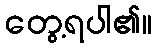
တွေ့ရပါ၏။